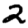
Digit: 2